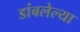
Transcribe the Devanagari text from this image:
डांबलेल्या